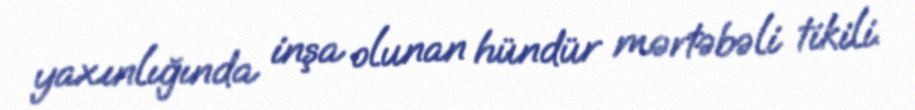
yaxınlığında inşa olunan hündür mərtəbəli tikili.